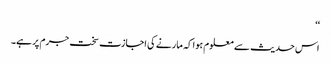
‘‘
اس حدیث سے معلوم ہوا کہ مارنے کی اجازت سخت جرم پر ہے۔